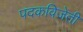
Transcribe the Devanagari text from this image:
पदकविजेती